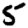
Digit: 5